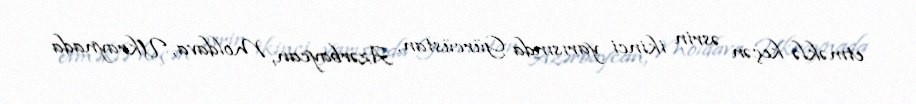
etməklə keçən əsrin ikinci yarısında Gürcüstan, Azərbaycan, Moldava, Ukraynada